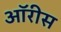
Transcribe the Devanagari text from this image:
ऑरीस